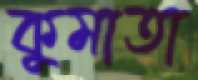
কুমাতা